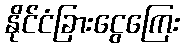
နိုင်ငံခြားငွေကြေး